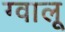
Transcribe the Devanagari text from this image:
ग्वालू